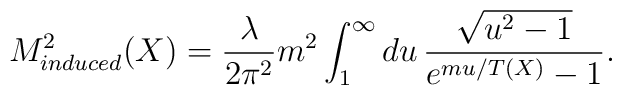
M^2_{induced} (X) = \frac{\lambda}{2 \pi^2} m^2 \int_1^\infty d u \, \frac{\sqrt{u^2 - 1}}{e^{m u / T (X)} - 1} .